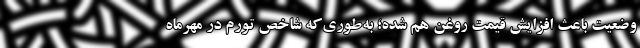
وضعیت باعث افزایش قیمت روغن هم شده؛ به‌طوری‌که شاخص تورم در مهرماه